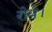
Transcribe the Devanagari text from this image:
रोये।